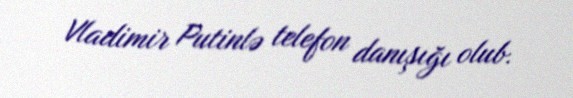
Vladimir Putinlə telefon danışığı olub.